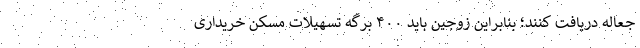
جعاله دریافت کنند؛ بنابراین زوجین باید ۴۰۰ برگه تسهیلات مسکن خریداری